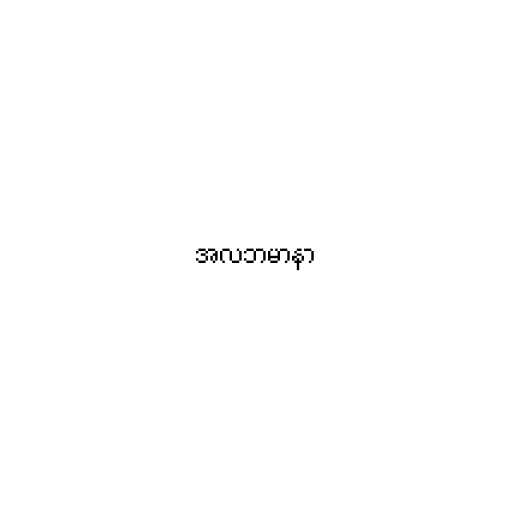
အလဘမာနာ